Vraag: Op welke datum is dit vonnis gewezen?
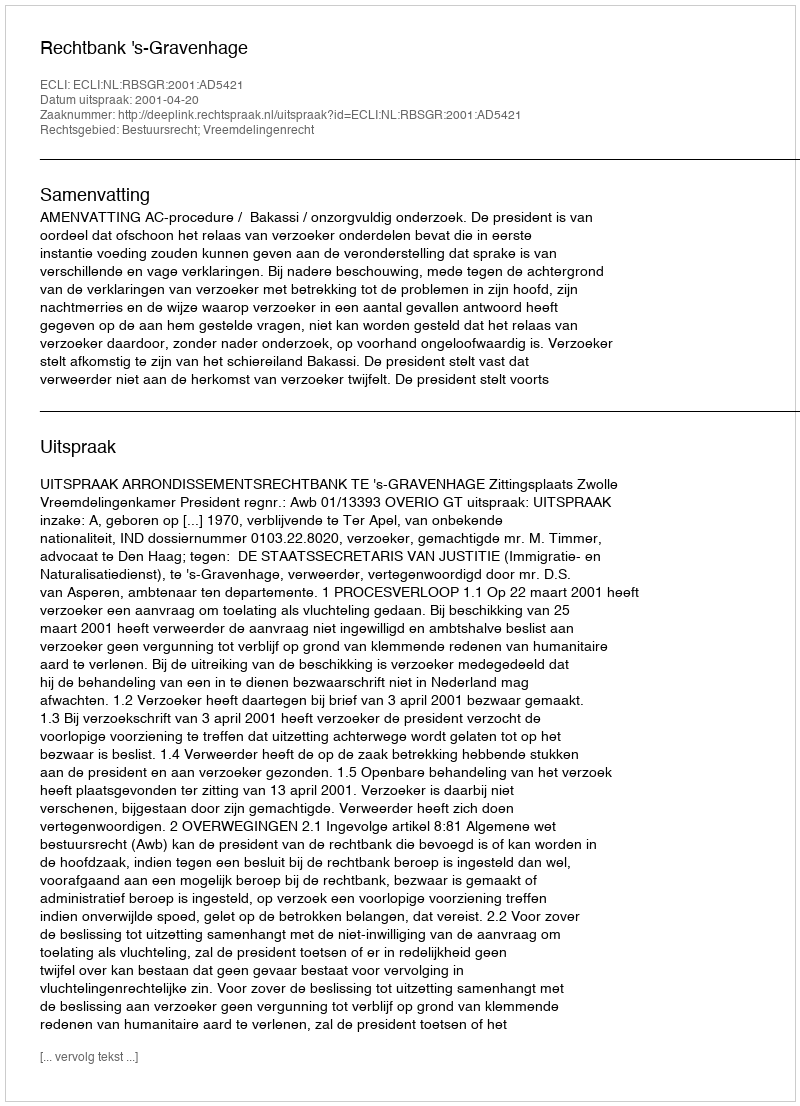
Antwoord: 2001-04-20